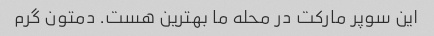
این سوپر مارکت در محله ما بهترین هست. دمتون گرم